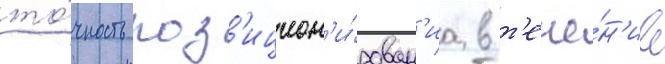
то́чность поз'ицион'и́рован'иа в т'ече́н'ие